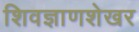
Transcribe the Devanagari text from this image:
शिवज्ञाणशेखर